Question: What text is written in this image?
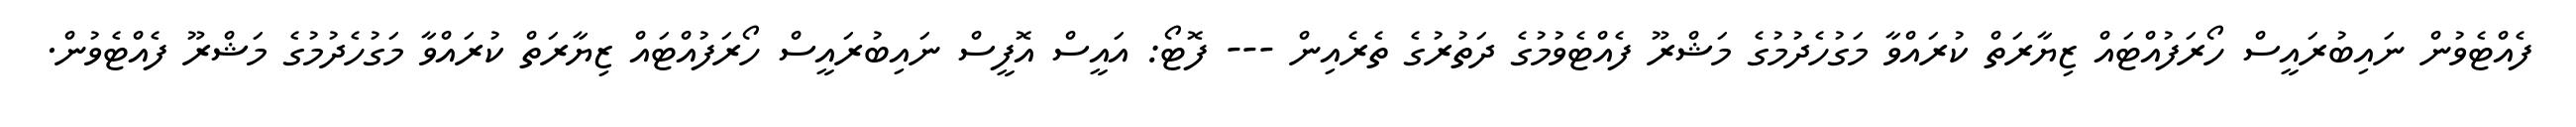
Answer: ފެއްޓެވުން ނައިބުރައީސް ހޯރަފުއްޓައް ޒިޔާރަތް ކުރައްވާ މަގުހެދުމުގެ މަޝްރޫ ފެއްޓެވުމުގެ ދަތުރުގެ ތެރެއިން --- ފޮޓޯ: އައީސް އޮފީސް ނައިބުރައީސް ހޯރަފުއްޓައް ޒިޔާރަތް ކުރައްވާ މަގުހެދުމުގެ މަޝްރޫ ފެއްޓެވުން.